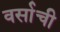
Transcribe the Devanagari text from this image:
वर्साची